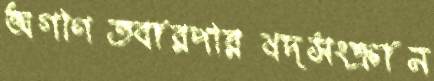
অগণিতবারপরিষদসংক্রান